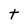
Character: t